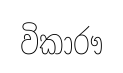
විකාරෟ